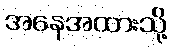
အနေအထားသို့